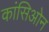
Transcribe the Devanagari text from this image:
कांसिओन